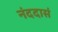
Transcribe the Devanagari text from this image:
नंददासं